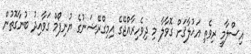
އިސްލާމީ ރިވެތި އަޚުލާޤަށް ގޮވާލާ މި ދިވެހިރާއްޖޭގެ އިމިގްރޭޝަނުގެ ޔުނިފޯމް ގަވާއިދު ބުނާގޮތުން